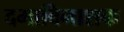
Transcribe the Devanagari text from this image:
दमाविनाशक